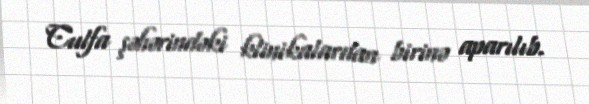
Culfa şəhərindəki klinikalardan birinə aparılıb.